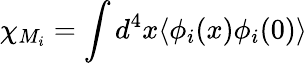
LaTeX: \chi_{M_{i}}=\int d^{4}x\langle\phi_{i}(x)\phi_{i}(0)\rangle